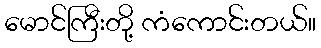
မောင်ကြီးတို့ ကံကောင်းတယ်။